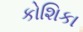
કોશિકા